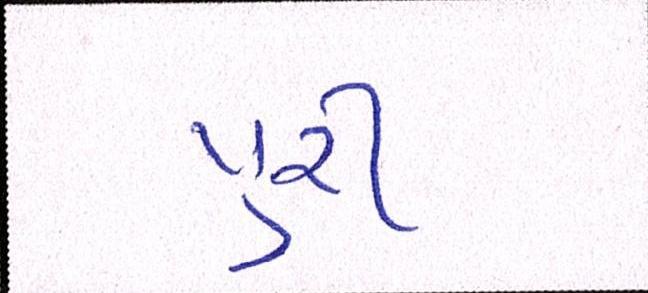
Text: પુરી